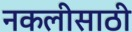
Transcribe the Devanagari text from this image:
नकलीसाठी